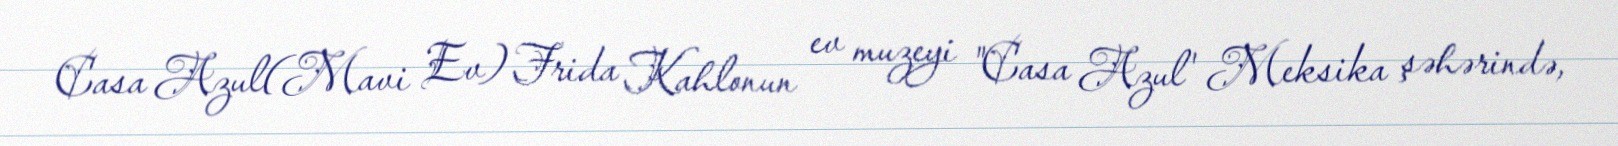
Casa Azul(Mavi Ev) Frida Kahlonun ev muzeyi "Casa Azul' Meksika şəhərində,